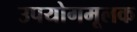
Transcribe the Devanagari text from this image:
उपयोगमूलक